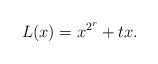
\begin{align*}L(x)=x^{2^r}+tx.\end{align*}